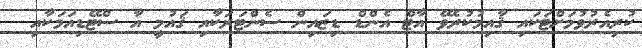
ކުރިއެރުވުމަށްޓަކައި ޤާއިމުކުރެވޭ އާޓް އެންޑް ޑިޒައިން ސެންޓަރަކާއި ޤައުމީ އާ ސްޓޭޑިއަމަކާއި